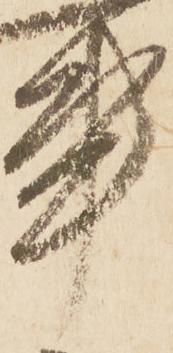
事